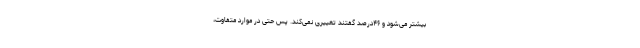
بیشتر می‌شود و ۴۶درصد گفتند تغییری نمی‌کند. پس حتی در موارد متفاوت،